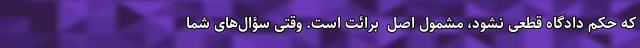
که حکم دادگاه قطعی نشود، مشمول اصل ‌ برائت است. ‌وقتی سؤال‌های شما